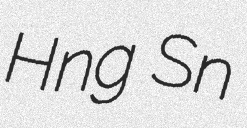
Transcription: Hồng Sến